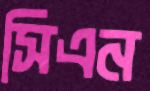
সিএন